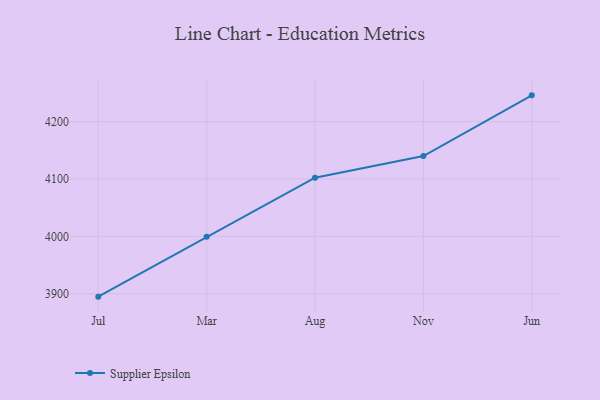
{"axis": {"x": "Month", "y": "Revenue (USD Million)"}, "legend": ["Supplier Epsilon"], "data": [{"x": "Jul", "y": 3894.9, "type": "Supplier Epsilon"}, {"x": "Mar", "y": 3999.3, "type": "Supplier Epsilon"}, {"x": "Aug", "y": 4102.2, "type": "Supplier Epsilon"}, {"x": "Nov", "y": 4140.0, "type": "Supplier Epsilon"}, {"x": "Jun", "y": 4245.8, "type": "Supplier Epsilon"}]}